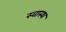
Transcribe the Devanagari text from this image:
स्‍वास्‍थ